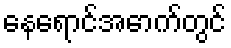
နေရောင်အောက်တွင်